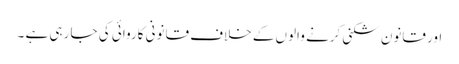
اور قانون شکنی کرنے والوں کے خلاف قانونی کاروائی کی جا رہی ہے ۔